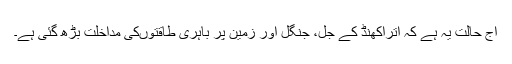
آج حالت یہ ہے کہ اتراکھنڈ کے جل، جنگل اور زمین پر باہری طاقتوںکی مداخلت بڑھ گئی ہے۔